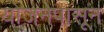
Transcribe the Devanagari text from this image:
योजनेपासून